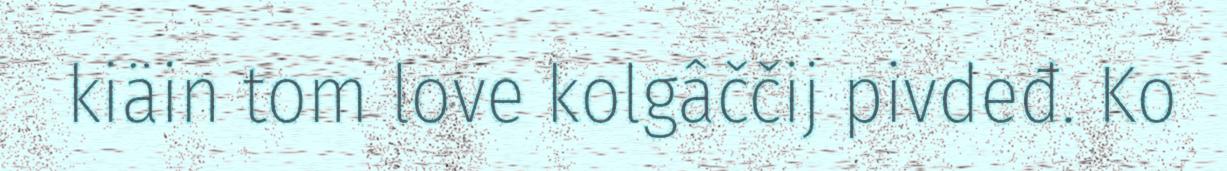
kiäin tom love kolgâččij pivdeđ. Ko